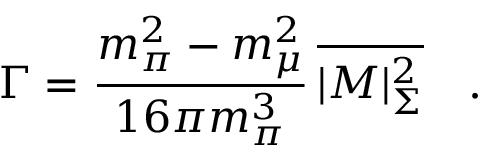
\Gamma = \frac { m _ { \pi } ^ { 2 } - m _ { \mu } ^ { 2 } } { 1 6 \pi m _ { \pi } ^ { 3 } } \, \overline { { { | M | _ { \Sigma } ^ { 2 } } } } \quad .